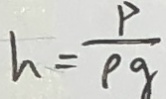
h = \frac { P } { \rho g }